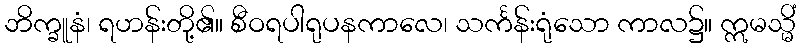
ဘိက္ခူနံ၊ ရဟန်းတို့၏။ စီဝရပါရုပနကာလေ၊ သင်္ကန်းရုံသော ကာလ၌။ ဣမသ္မိံ